Report on plague in the Punjab from October 1st ... to September 30th ..., being the ... season of plague in the province
Disease focus: Plague
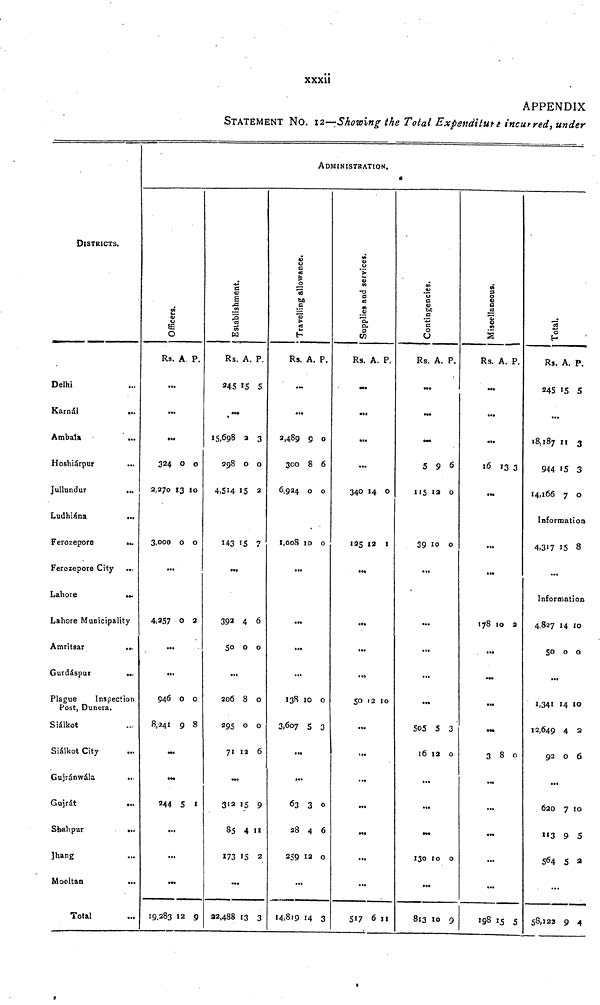
xxxii
APPENDIX
STATEMENT NO. 12—Showing the Total Expenditure incurred, under
DISTRICTS.
Delhi
Karnál
Ambála
Hoshiárpur
Jullundur
...
Ludhiána
...
Ferozepore
...
Ferozepore City ...
Lahore
...
Lahore Municipality
Amritsar
...
G urdas pur
....
Plague
Inspection
Post, Dunera.
Siálkot
Siálkot City
Gujránwála
...
Gujrát
...
Shahpur
...
Jhang
Mooltan
...
Total
ADMINISTRATION.
Officers.
Rs. A P.
...
...
•••
324 0 0
2,270 13 10
3,000 0 0
...
4,257 0 2
...
...
946 0 0
8,241 9 8
•••
244 5 1
...
...
•••
19,283 12 9
Estabilisment.
Rs. A. P.
245 15 5
•••
15,698 2 3
298 0 0
4,514 15 2
143 15 7
...
392 4 6
50 0 0
...
206 8 0
295 0 0
71 12 6
...
312 15 9
85 4 11
173 15 2
...
22,488 13 3
Travelling allowance
Rs. A. P.
...
2,489 9 0
300 8 6
6,924 0 0
1,0008 10 0
...
...
...
...
138 10 0
3,607 5 3
...
».
63 3 0
28 4 6
259 12 0
...
14,819 14 3
Supplies and services
Rs. A. P.
..
• M
• •
...
340 14 0
125 12 1
...
...
...
..,
50 12 10
...
...
...
••
...
...
...
517 6 11
Contingencies.
Rs. A. P.
•••
5 9 6
115 12 0
39 10 0
...
...
...
...
505 5 3
16 12 0
...
...
M«
130 10 0
...
813 10 9
Miscellaneous.
Rs. A. P.
...
•
16 13 3
...
...
178 10 2
...
•U
38O
...
...
• ••
...
...
198 15 5
Total
Rs. A. P.
245 '5 S
...
18,187 11 3
944 15 3
14,166 7 0
Information
4,317 15 8
...
Information
4,827 14 1O
50 0 0
...
1,341 14 10
12,649 4 2
92 0 6
...
620 7 10
"3 9 5
564 S 2
...
58,122 9 4